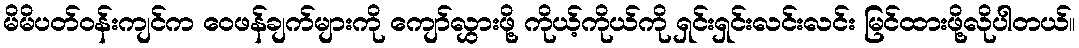
မိမိပတ်ဝန်းကျင်က ဝေဖန်ချက်များကို ကျော်လွှားဖို့ ကိုယ့်ကိုယ်ကို ရှင်းရှင်းလင်းလင်း မြင်ထားဖို့လိုပါတယ်။